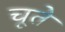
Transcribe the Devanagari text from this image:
चूते